Report of the Indian Hemp Drugs Commission, 1894-1895 - Volume III
Year: 1894
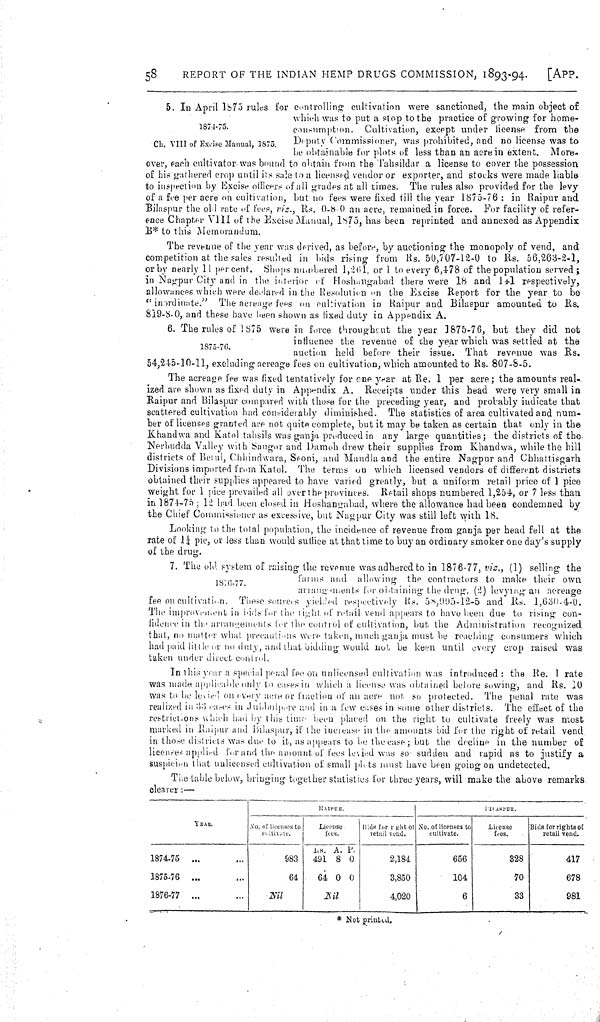
58
REPORT OF THE INDIAN HEMP DRUGS COMMISSION, 1893-94.
[APP.
1874-75.
Ch. VIII of Excise Manual, 1875.
5. In April 1875 rules for controlling cultivation were sanctioned, the main object of
which was to put a stop to the practice of growing for home-
consumption. Cultivation, except under license from the
Deputy Commissioner, was prohibited, and no license was to
be obtainable for plots of less than an acre in extent.
More-
over, each cultivator was bound to obtain from the Tahsildar a license to cover the possession
of his gathered crop until its sale to a licensed vendor or exporter, and stocks were made liable
to inspection by Excise officers of all grades at all times. The rules also provided for the levy
of a fee per acre on cultivation, but no fees were fixed till the year 1875-76: in Raipur and
Bilaspur the old rate of fees, viz., Rs. 0-8-0 an acre, remained in force. For facility of refer-
ence Chapter VIII of the Excise Manual, 1875, has been reprinted and annexed as Appendix
B* to this Memorandum.
The revenue of the year was derived, as before, by auctioning the monopoly of vend, and
competition at the sales resulted in bids rising from Rs. 50,707-12-0 to Rs. 56,263-2-1,
or by nearly 11 per cent. Shops numbered 1,261, or 1 to every 6,478 of the population served;
in Nagpur City and in the interior of Hoshangabad there were 18 and 141 respectively,
allowances which were declared in the Resolution on the Excise Report for the year to be
"inordinate."
The acreage fees on cultivation in Raipur and Bilaspur amounted to Rs.
819-8-0, and these have been shown as fixed duty in Appendix A.
1875-76.
6. The rules of 1875 were in force throughout the year 1875-76, but they did not
influence the revenue of the year which was settled at the
auction held before their issue. That revenue was Rs.
54,245-10-11, excluding acreage fees on cultivation, which amounted to Rs. 807-8-5.
The acreage fee was fixed tentatively for one year at Re. 1 per acre; the amounts real-
ized are shown as fixed duty in Appendix A. Receipts under this head were very small in
Raipur and Bilaspur compared with those for the preceding year, and probably indicate that
scattered cultivation had considerably diminished. The statistics of area cultivated and num-
ber of licenses granted are not quite complete, but it may be taken as certain that, only in the
Khandwa and Katol tahsils was ganja produced in any large quantities; the districts of the
Nerbudda Valley with Sangor and Damoh drew their supplies from Khandwa, while the hill
districts of Betul, Chhindwara, Seoni, and Mandla and the entire Nagpur and Chhattisgarh
Divisions imported from Katol. The terms on which licensed vendors of different districts
obtained their supplies appeared to have varied greatly, but a uniform retail price of 1 pice
weight for 1 pice prevailed all over the provinces. Retail shops numbered 1,254, or 7 less than
in 1874-75; 12 had been closed in Hoshangabad, where the allowance had been condemned by
the Chief Commissioner as excessive, but Nagpur City was still left with 18.
Looking to the total population, the incidence of revenue from ganja per head fell at the
rate of 1¼ pie, or less than would suffice at that time to buy an ordinary smoker one day's supply
of the drug.
1876-77.
7. The old system of raising the revenue was adhered to in 1876-77, viz., (1) selling the
farms and allowing the contractors to make their own
arrangements for obtaining the drug, (2) levying an acreage
fee on cultivation. These sources yielded respectively Rs. 58,995-12-5 and Rs. 1,630-4-0.
The improvement in bids for the right, of retail vend appears to have been due to rising con-
fidence in the arrangements for the control of cultivation, but the Administration recognized
that, no matter what precautions were taken, much ganja must be reaching consumers which
had paid little or no duty, and that bidding would not be keen until every crop raised was
taken under direct control.
In this year a special penal fee on unlicensed cultivation was introduced: the Re. 1 rate
was made applicable only to cases in which a license was obtained before sowing, and Rs. 10
was to be levied on every acre or fraction of an acre not so protected. The penal rate was
realized in '33 cases in Jubbulpure and in a few cases in some other districts. The effect of the
restrictions which had by this time been placed on the right to cultivate freely was most
marked in Raipur and Bilaspur, if the increase in the amounts bid for the right of retail vend
in those districts was due to it, as appears to be the case; but the decline in the number of
licenses applied for and the amount of fees levied was so sudden and rapid as to justify a
suspicion that unlicensed cultivation of small plots must have been going on undetected.
The table below, bringing together statistics for three years, will make the above remarks
clearer:—
RAIPUR.
BILASPUR.
YEAR.
No. of licenses to
cultivate.
License
fees.
Bids for right of
retail vend.
No. of licenses to
cultivate.
License
fees.
Bids for rights of
retail vend.
Rs. A. P.
1874-75
983
491 8 0
2,184
656
328
417
1875-76
64
64 0 0
3,850
104
70
678
1876-77
Nil
Nil
4,020
6
33
981
* Not printed.